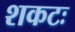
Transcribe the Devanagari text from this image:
शकटः